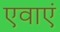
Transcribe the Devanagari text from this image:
एवाएं